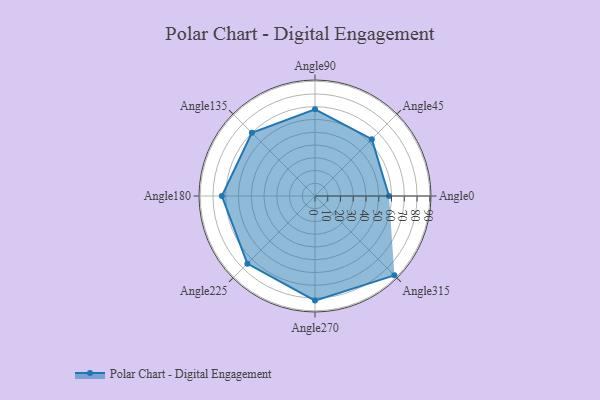
{"axis": {"x": "Angle", "y": "Radius"}, "legend": [""], "data": [{"x": "Angle0", "y": 58.0, "type": ""}, {"x": "Angle45", "y": 63.0, "type": ""}, {"x": "Angle90", "y": 68.0, "type": ""}, {"x": "Angle135", "y": 70.0, "type": ""}, {"x": "Angle180", "y": 73.0, "type": ""}, {"x": "Angle225", "y": 75.0, "type": ""}, {"x": "Angle270", "y": 82.0, "type": ""}, {"x": "Angle315", "y": 88.0, "type": ""}]}